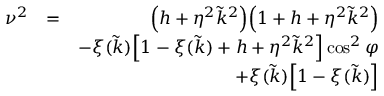
\begin{array} { r l r } { \nu ^ { 2 } } & { = } & { \Big ( h + \eta ^ { 2 } \tilde { k } ^ { 2 } \Big ) \Big ( 1 + h + \eta ^ { 2 } \tilde { k } ^ { 2 } \Big ) } \\ & { } & { - \xi ( \tilde { k } ) \Big [ 1 - \xi ( \tilde { k } ) + h + \eta ^ { 2 } \tilde { k } ^ { 2 } \Big ] \cos ^ { 2 } { \varphi } } \\ & { } & { + \xi ( \tilde { k } ) \Big [ 1 - \xi ( \tilde { k } ) \Big ] } \end{array}